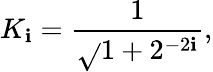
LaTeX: K_{\mathbf{i}}={\frac{{1}}{{\sqrt{}{{1+2^{-2\mathbf{i}}}}}}},